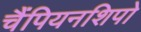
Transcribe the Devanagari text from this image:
चैंपियनशिपो